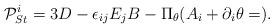
LaTeX: \begin{align*}{\cal P}_{St}^i=3D-\epsilon _{ij}E_jB-\Pi _\theta (A_i+\partial _i\theta =).\end{align*}